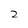
Character: 2